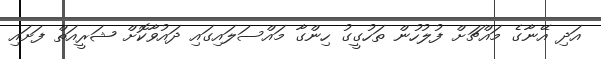
އަދި އޭނާގެ މައްޗަށް ފުލުހުން ތަހުގީގު ހިންގާ މައްސަލައިގައި ދައުވާކޮށް ޝަރީއަތް ފަށައި